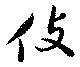
伎